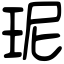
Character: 𤤗